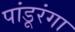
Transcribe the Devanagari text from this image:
पांडूरंगा